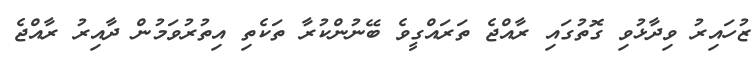
ޒުހައިރު ވިދާޅުވި ގޮތުގައި ރާއްޖެ ތަރައްގީވެ ބޭނުންކުރާ ތަކެތި އިތުރުވަމުން ދާއިރު ރާއްޖެ